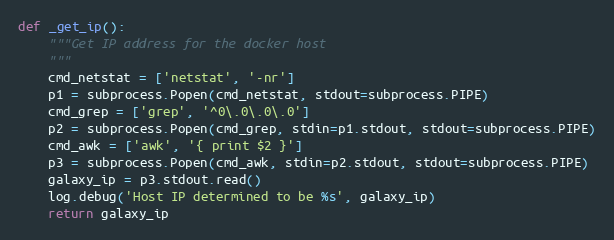
Language: Python
def _get_ip():
    """Get IP address for the docker host
    """
    cmd_netstat = ['netstat', '-nr']
    p1 = subprocess.Popen(cmd_netstat, stdout=subprocess.PIPE)
    cmd_grep = ['grep', '^0\.0\.0\.0']
    p2 = subprocess.Popen(cmd_grep, stdin=p1.stdout, stdout=subprocess.PIPE)
    cmd_awk = ['awk', '{ print $2 }']
    p3 = subprocess.Popen(cmd_awk, stdin=p2.stdout, stdout=subprocess.PIPE)
    galaxy_ip = p3.stdout.read()
    log.debug('Host IP determined to be %s', galaxy_ip)
    return galaxy_ip